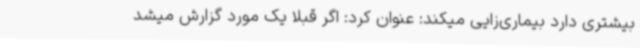
بیشتری دارد بیماری‌زایی میکند: عنوان کرد: اگر قبلا یک مورد گزارش میشد